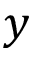
y